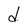
Character: d